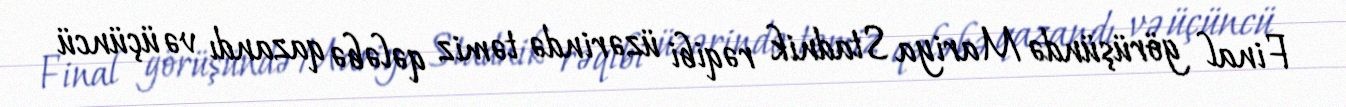
Final görüşündə Mariya Stadnik rəqibi üzərində təmiz qələbə qazandı və üçüncü